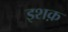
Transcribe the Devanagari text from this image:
इशक़